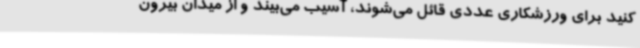
کنید برای ورزشکاری عددی قائل می‌شوند، آسیب می‌بیند و از میدان بیرون